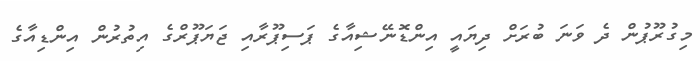
މިގުރޫޕުން ދެ ވަނަ ބުރަށް ދިޔައީ އިންޑޮނޭޝިއާގެ ޕަސިޕޫރާއި ޖަޔަޕޫރްގެ އިތުރުން އިންޑިއާގެ